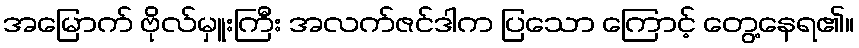
အမြောက် ဗိုလ်မှူးကြီး အလက်ဇင်ဒါက ပြသော ကြောင့် တွေ့နေရ၏။